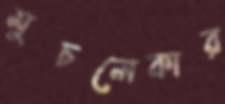
মুচলেকার